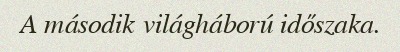
A második világháború időszaka.